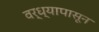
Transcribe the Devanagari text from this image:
वर्ध्यापासून